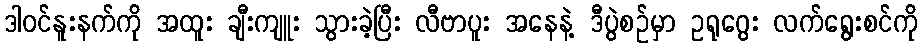
ဒါ၀င်နူးနက်ကို အထူး ချီးကျူး သွားခဲ့ပြီး လီဗာပူး အနေနဲ့ ဒီပွဲစဉ်မှာ ဥရုဂွေး လက်ရွေးစင်ကို